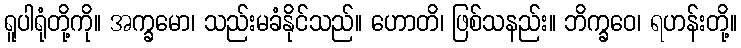
ရူပါရုံတို့ကို။ အက္ခမော၊ သည်းမခံနိုင်သည်။ ဟောတိ၊ ဖြစ်သနည်း။ ဘိက္ခဝေ၊ ရဟန်းတို့။